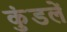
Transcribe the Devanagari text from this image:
कुंडलें